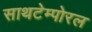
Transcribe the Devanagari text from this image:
साथटेम्पोरल